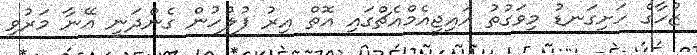
ޒުހާގެ ހަށިގަނޑު މިވަގުތު އައިޖީއެމްއެޗްގައި އޮތް އިރު ފުލުހުން ގެންދަނީ އޭނާ މަރުވި